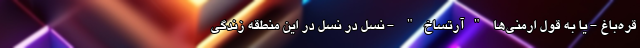
قره‌باغ - یا به قول ارمنی‌ها "آرتساخ" - نسل در نسل در این منطقه زندگی